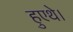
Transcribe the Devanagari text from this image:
हुएथे।